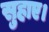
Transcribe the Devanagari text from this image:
सुहाए।